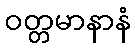
ဝတ္တမာနာနံ